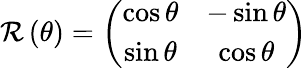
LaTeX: \begin{array}{r}{{\mathcal R}\left(\theta\right)=\left(\begin{array}{cc}{\cos\theta}&{-\sin\theta}\\ {\sin\theta}&{\cos\theta}\end{array}\right)}\end{array}